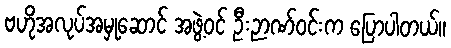
ဗဟိုအလုပ်အမှုဆောင် အဖွဲ့ဝင် ဦးဉာဏ်ဝင်းက ပြောပါတယ်။